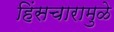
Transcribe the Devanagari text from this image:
हिंसचारामुळे